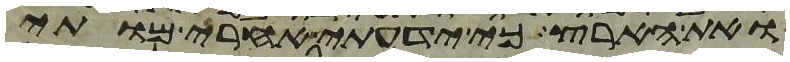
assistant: ואת הארץ כי ידעתי אחרי מותי